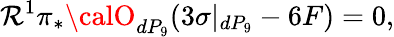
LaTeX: \mathcal{R}^{1}\pi_{*}{\calO}_{dP_{9}}(3\sigma|_{dP_{9}}-6F)=0,